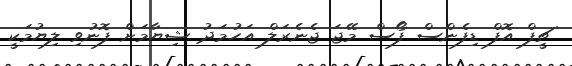
ޗީފް އޮފް ޑިފެންސް ފޯސް މޭޖަ ޖެނެރަލް އަހުމަދު ޝިޔާމަށް ފޮނުވި ލިޔުމަކީ